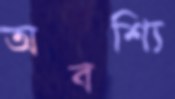
অবশ্যি